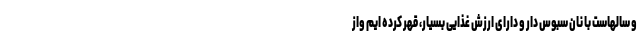
و سالهاست با نان سبوس دار و دارای ارزش غذایی بسیار، قهر کرده ایم واز